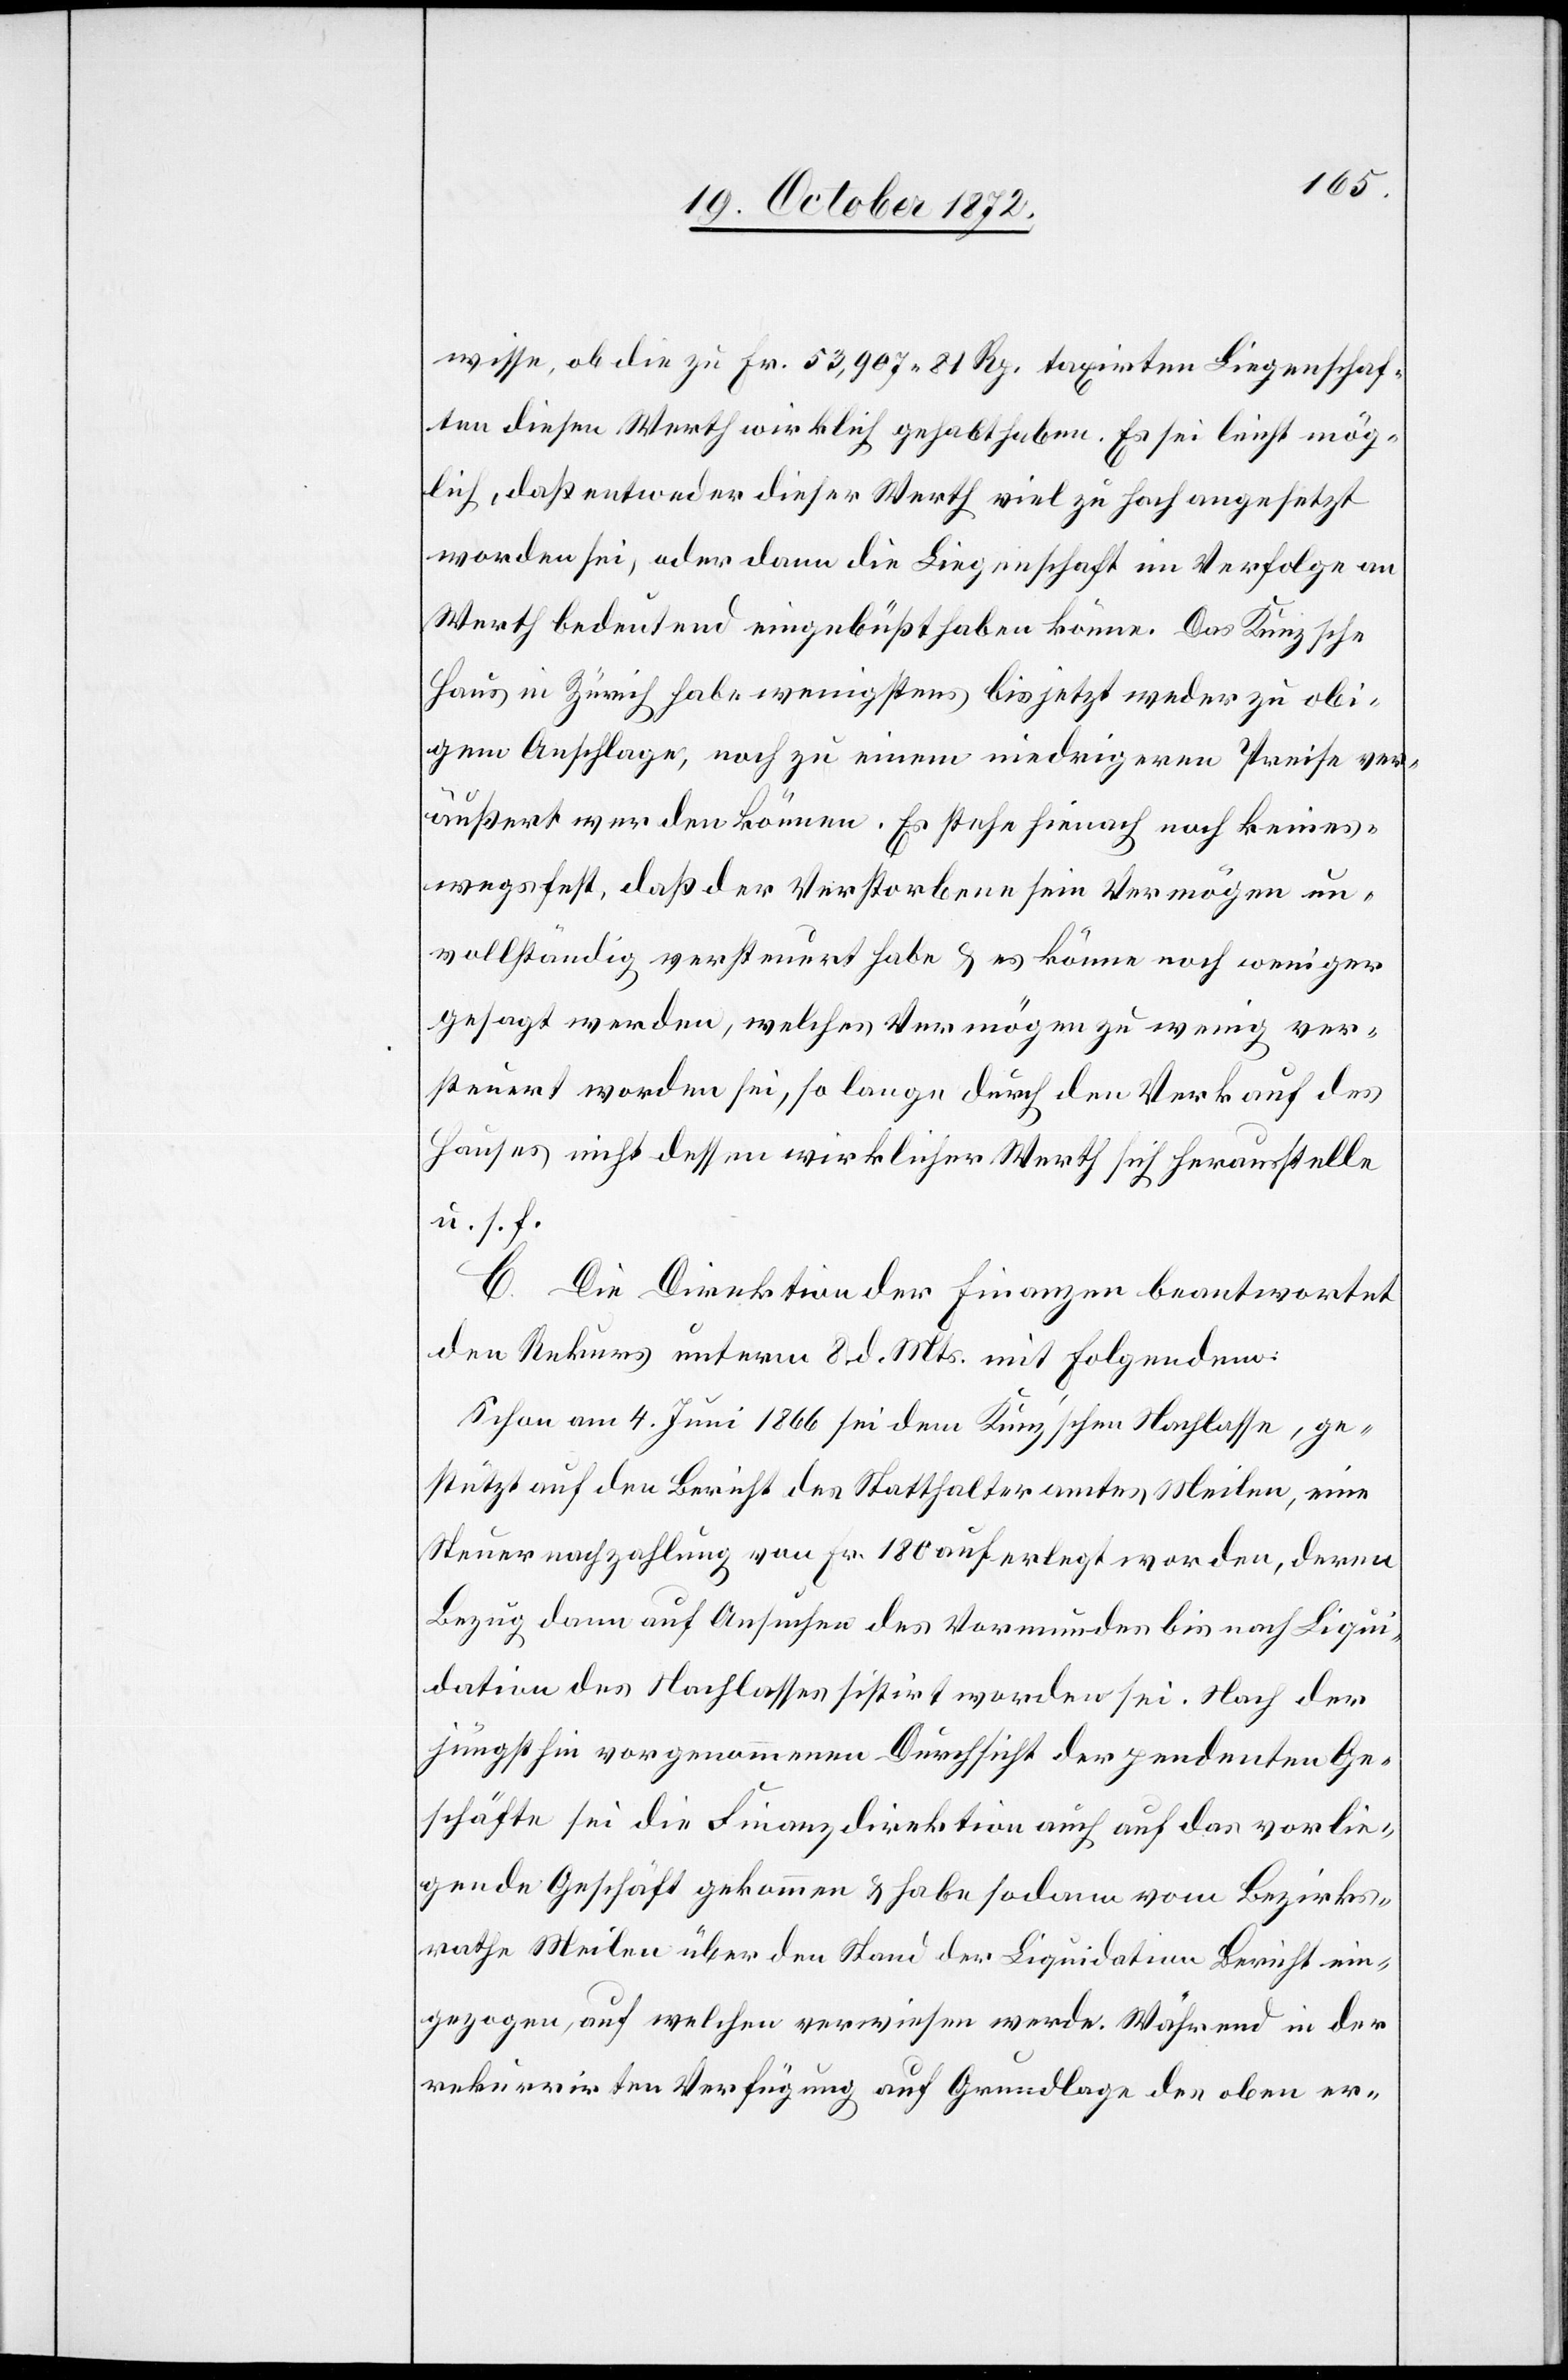
wisse, ob die zu Fr. 53,907 81 Rp. taxirten Liegenschaf¬
ten diesen Werth wirklich gehabt haben. Es sei leicht mög¬
lich, daß entweder dieser Werth viel zu hoch angesetzt
worden sei, oder dann die Liegenschaft im Verfolge an
Werth bedeutend eingebüßt haben könne. Das Kunzsche
Haus in Zürich habe wenigstens bis jetzt weder zu obi¬
gem Anschlage, noch zu einem niedrigeren Preise ver¬
äußert werden können. Es stehe hienach noch keines¬
wegs fest, daß der Verstorbene sein Vermögen un¬
vollständig versteuert habe u. es könne noch weniger
gesagt werden, welches Vermögen zu wenig ver¬
steuert worden sei, so lange durch den Verkauf des
Hauses nicht dessen wirklicher Werth sich herausstelle
Bezirks¬
C. Die Direktion der Finanzen beantwortet
den Rekurs unterm 8. d. Mts. mit Folgendem:
Schon am 4. Juni 1866 sei dem Kunz’schen Nachlasse, ge¬
stützt auf den Bericht des Statthalteramtes Meilen, eine
Steuernachzahlung von Fr. 180 auferlegt worden, deren
Bezug dann auf Ansuchen des Vormundes bis nach Liqui¬
dation des Nachlasses sistirt worden sei. Nach den
jüngsthin vorgenommenen Durchsicht der pendenten Ge¬
rathe Meilen über den Stand der Liquidation Bericht ein¬
gezogen, auf welchen verwiesen werde. Während in der
rekurrirten Verfügung auf Grundlage des oben er-